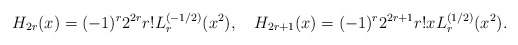
\begin{align*}H_{2r}(x)=(-1)^r2^{2r}r!L_r^{(-1/2)}(x^2),\quad H_{2r+1}(x)=(-1)^r2^{2r+1}r!xL_r^{(1/2)}(x^2). \end{align*}